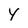
Character: Y